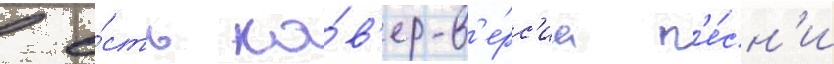
 е́сть ка́в'ер-в'е́рс'иа п'е́сн'и